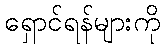
ရှောင်ရန်များကို